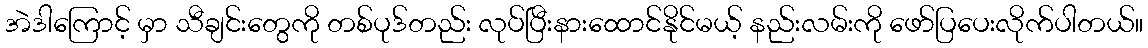
အဲဒါကြောင့် မှာ သီချင်းတွေကို တစ်ပုဒ်တည်း လုပ်ပြီးနားထောင်နိုင်မယ့် နည်းလမ်းကို ဖော်ပြပေးလိုက်ပါတယ်။